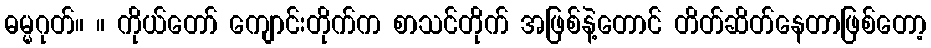
ဓမ္မဂုတ်။ ။ ကိုယ်တော် ကျောင်းတိုက်က စာသင်တိုက် အဖြစ်နဲ့တောင် တိတ်ဆိတ်နေတာဖြစ်တော့